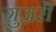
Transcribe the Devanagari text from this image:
गुज़रीं